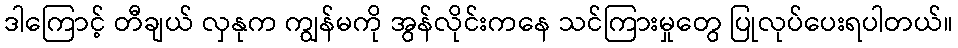
ဒါကြောင့် တီချယ် လှနုက ကျွန်မကို အွန်လိုင်းကနေ သင်ကြားမှုတွေ ပြုလုပ်ပေးရပါတယ်။